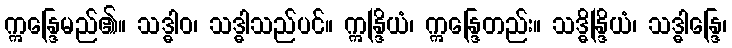
ဣန္ဒြေမည်၏။ သဒ္ဓါဝ၊ သဒ္ဓါသည်ပင်။ ဣန္ဒြိယံ၊ ဣန္ဒြေတည်း။ သဒ္ဓိန္ဒြိယံ၊ သဒ္ဓါန္ဒြေ၊